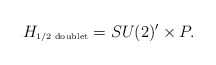
\begin{align*}H_{\mbox{\tiny 1/2 doublet}} = SU(2)' \times P.\end{align*}